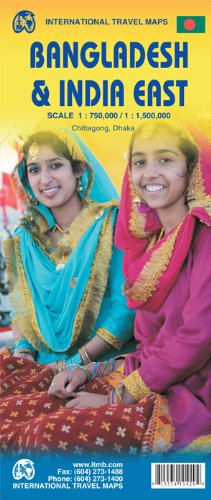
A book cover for Bangladesh & India East Travel Reference Map 1:750,000 / 1:1,500,000; International Travel maps; Travel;